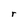
Character: r